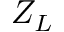
Z _ { L }